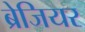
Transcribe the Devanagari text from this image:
ब्रेजियर